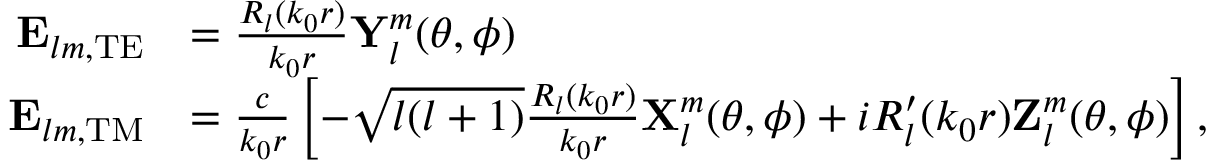
\begin{array} { r l } { \mathbf { E } _ { l m , \mathrm { T E } } } & { = \frac { R _ { l } ( k _ { 0 } r ) } { k _ { 0 } r } \mathbf { Y } _ { l } ^ { m } ( \theta , \phi ) } \\ { \mathbf { E } _ { l m , \mathrm { T M } } } & { = \frac { c } { k _ { 0 } r } \left[ - \sqrt { l ( l + 1 ) } \frac { R _ { l } ( k _ { 0 } r ) } { k _ { 0 } r } \mathbf { X } _ { l } ^ { m } ( \theta , \phi ) + i R _ { l } ^ { \prime } ( k _ { 0 } r ) \mathbf { Z } _ { l } ^ { m } ( \theta , \phi ) \right] , } \end{array}